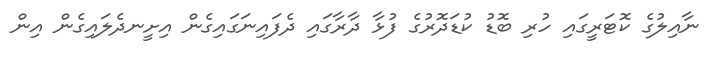
ނާއިލުގެ ކޮޓަރީގައި ހުރި ބޮޑު ކުޑަދޮރުގެ ފުޅާ ދާރާގައި ދެފައިނަގައިގެން އިށީނދެލައިގެން އިން